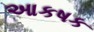
આકષક